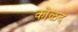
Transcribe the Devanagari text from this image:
कोळद